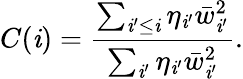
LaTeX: C(\mathit{i})=\frac{{\sum_{\mathit{i}^{\prime}\leq\mathit{i}}\eta_{\mathit{i}^{\prime}}\bar{{w}}_{\mathit{i}^{\prime}}^{2}}}{{\sum_{\mathit{i}^{\prime}}\eta_{\mathit{i}^{\prime}}\bar{{w}}_{\mathit{i}^{\prime}}^{2}}}.